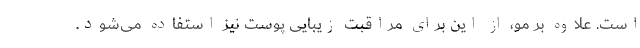
است. علاوه بر مو، از این برای مراقبت زیبایی پوست نیز استفاده می­شود.